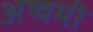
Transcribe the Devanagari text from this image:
अष्वमी